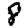
Digit: 8